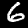
Digit: 6